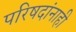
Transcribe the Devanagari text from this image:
परिषदांनाही